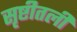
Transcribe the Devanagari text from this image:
सृष्टीतली